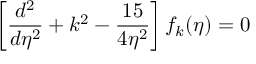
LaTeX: \left[ \frac { d ^ { 2 } } { d \eta ^ { 2 } } + k ^ { 2 } - \frac { 1 5 } { 4 \eta ^ { 2 } } \right] f _ { k } ( \eta ) = 0